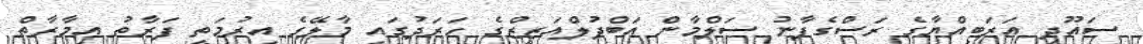
ސައޫދީ އަރަބިއްޔާގެ ރަސްގެފާނު ސަލްމާން އަބްދުލްއަޒީޒްގެ ހަރަދުގައި މާލޭގެ އިރުމަތީ ފަރާތު އިމާރާތް